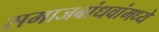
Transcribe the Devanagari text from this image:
समाजबांधवांमध्ये